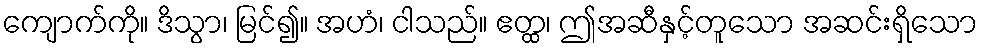
ကျောက်ကို။ ဒိသွာ၊ မြင်၍။ အဟံ၊ ငါသည်။ ဧတ္ထ၊ ဤအဆီနှင့်တူသော အဆင်းရှိသော